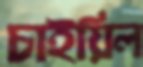
চাইয়িল